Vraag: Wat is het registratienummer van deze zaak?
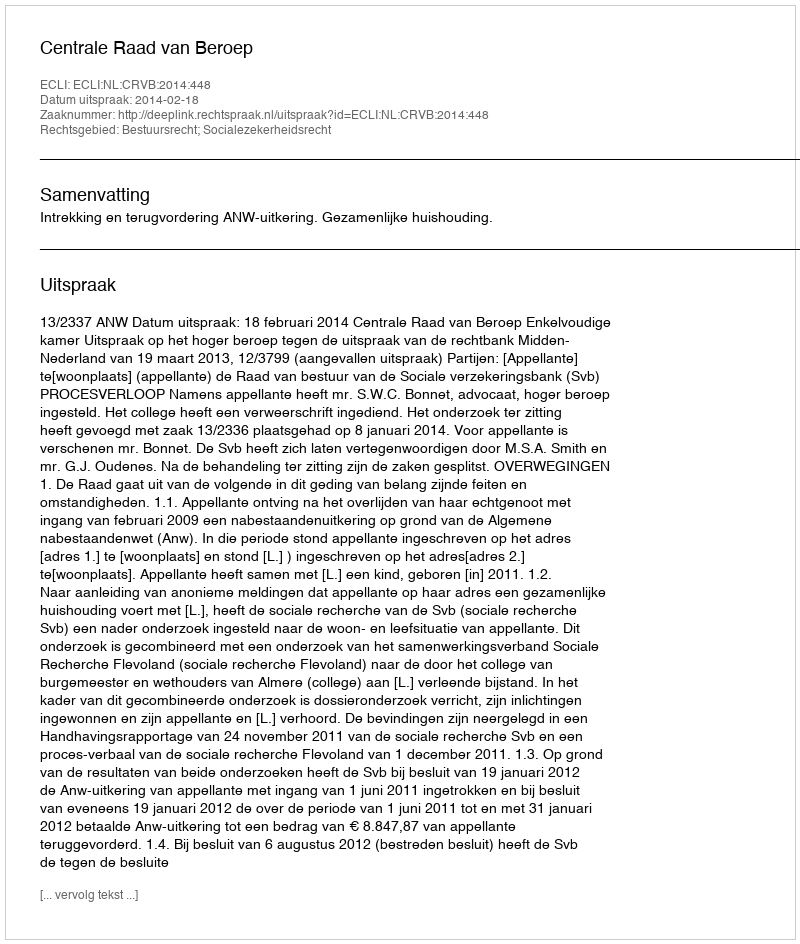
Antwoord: http://deeplink.rechtspraak.nl/uitspraak?id=ECLI:NL:CRVB:2014:448